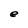
Character: e